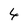
Character: 4